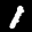
Label: 1